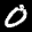
Label: 0